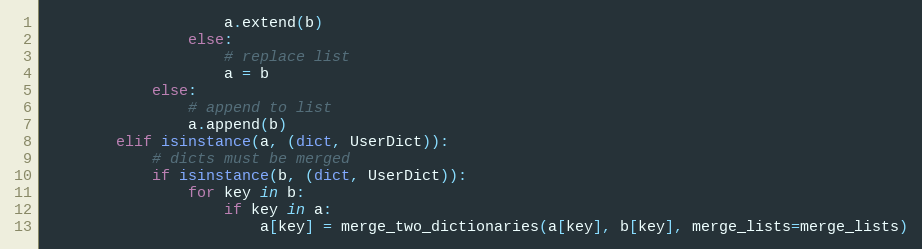
Language: Python
                    a.extend(b)
                else:
                    # replace list
                    a = b
            else:
                # append to list
                a.append(b)
        elif isinstance(a, (dict, UserDict)):
            # dicts must be merged
            if isinstance(b, (dict, UserDict)):
                for key in b:
                    if key in a:
                        a[key] = merge_two_dictionaries(a[key], b[key], merge_lists=merge_lists)